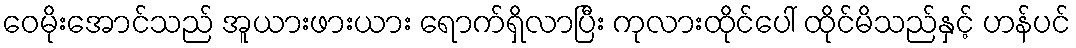
ဝေမိုးအောင်သည် အူယားဖားယား ရောက်ရှိလာပြီး ကုလားထိုင်ပေါ် ထိုင်မိသည်နှင့် ဟန်ပင်